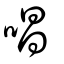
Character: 唱